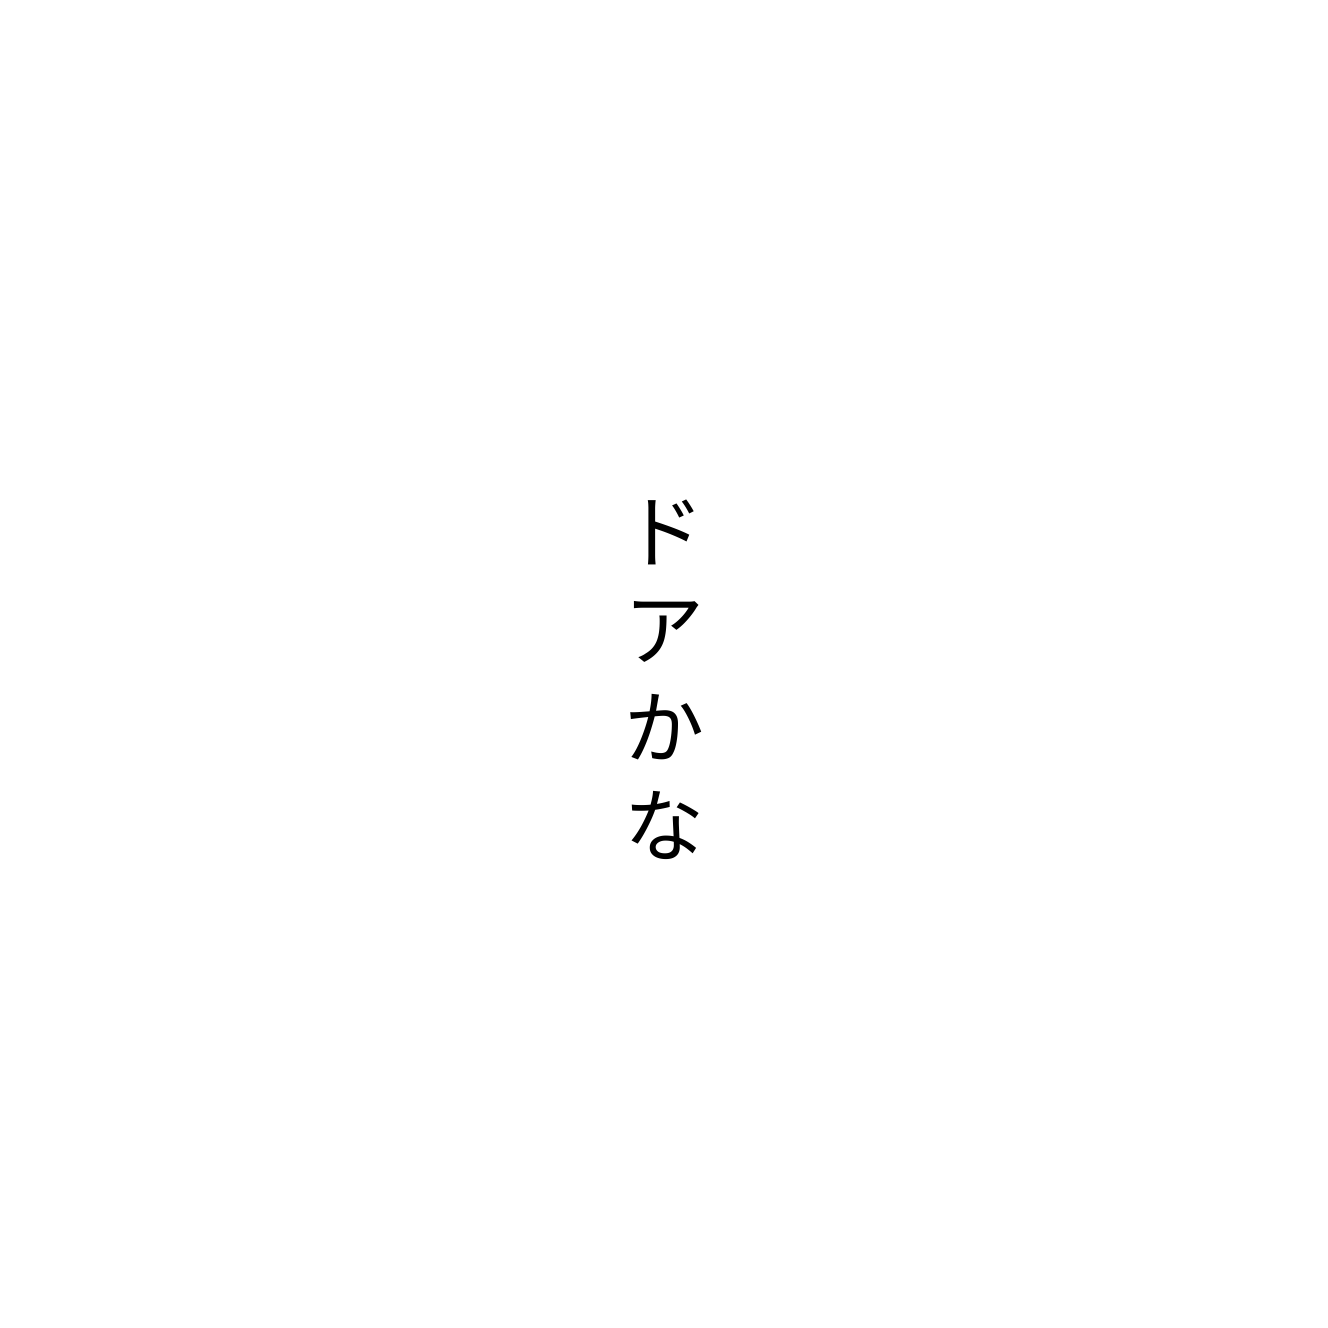
ドアかな